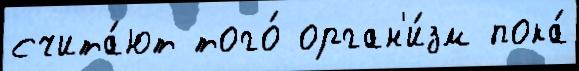
счита́ют того́ орган'и́зм пока́